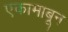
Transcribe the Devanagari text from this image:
एकामाबून